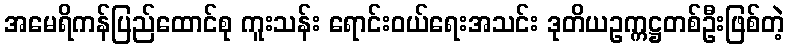
အမေရိကန်ပြည်ထောင်စု ကူးသန်း ရောင်းဝယ်ရေးအသင်း ဒုတိယဥက္ကဋ္ဌတစ်ဦးဖြစ်တဲ့